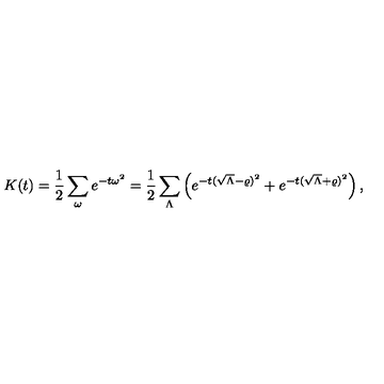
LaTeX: K ( t ) = \frac 1 2 \sum _ { \omega } e ^ { - t \omega ^ { 2 } } = \frac 1 2 \sum _ { \Lambda } \left( e ^ { - t ( \sqrt { \Lambda } - \varrho ) ^ { 2 } } + e ^ { - t ( \sqrt { \Lambda } + \varrho ) ^ { 2 } } \right) ,